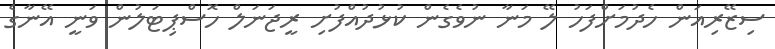
ސިޒޭރިއަން ހެދުމަށްފަހު ލޭ މަނާ ނުވެގެން ކުޅުދުއްފުށި ރީޖަނަލް ހޮސްޕިޓަލުން ވަނީ އޭނާގެ